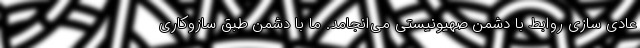
عادی سازی روابط با دشمن صهیونیستی می‌انجامد. ما با دشمن طبق سازوکاری